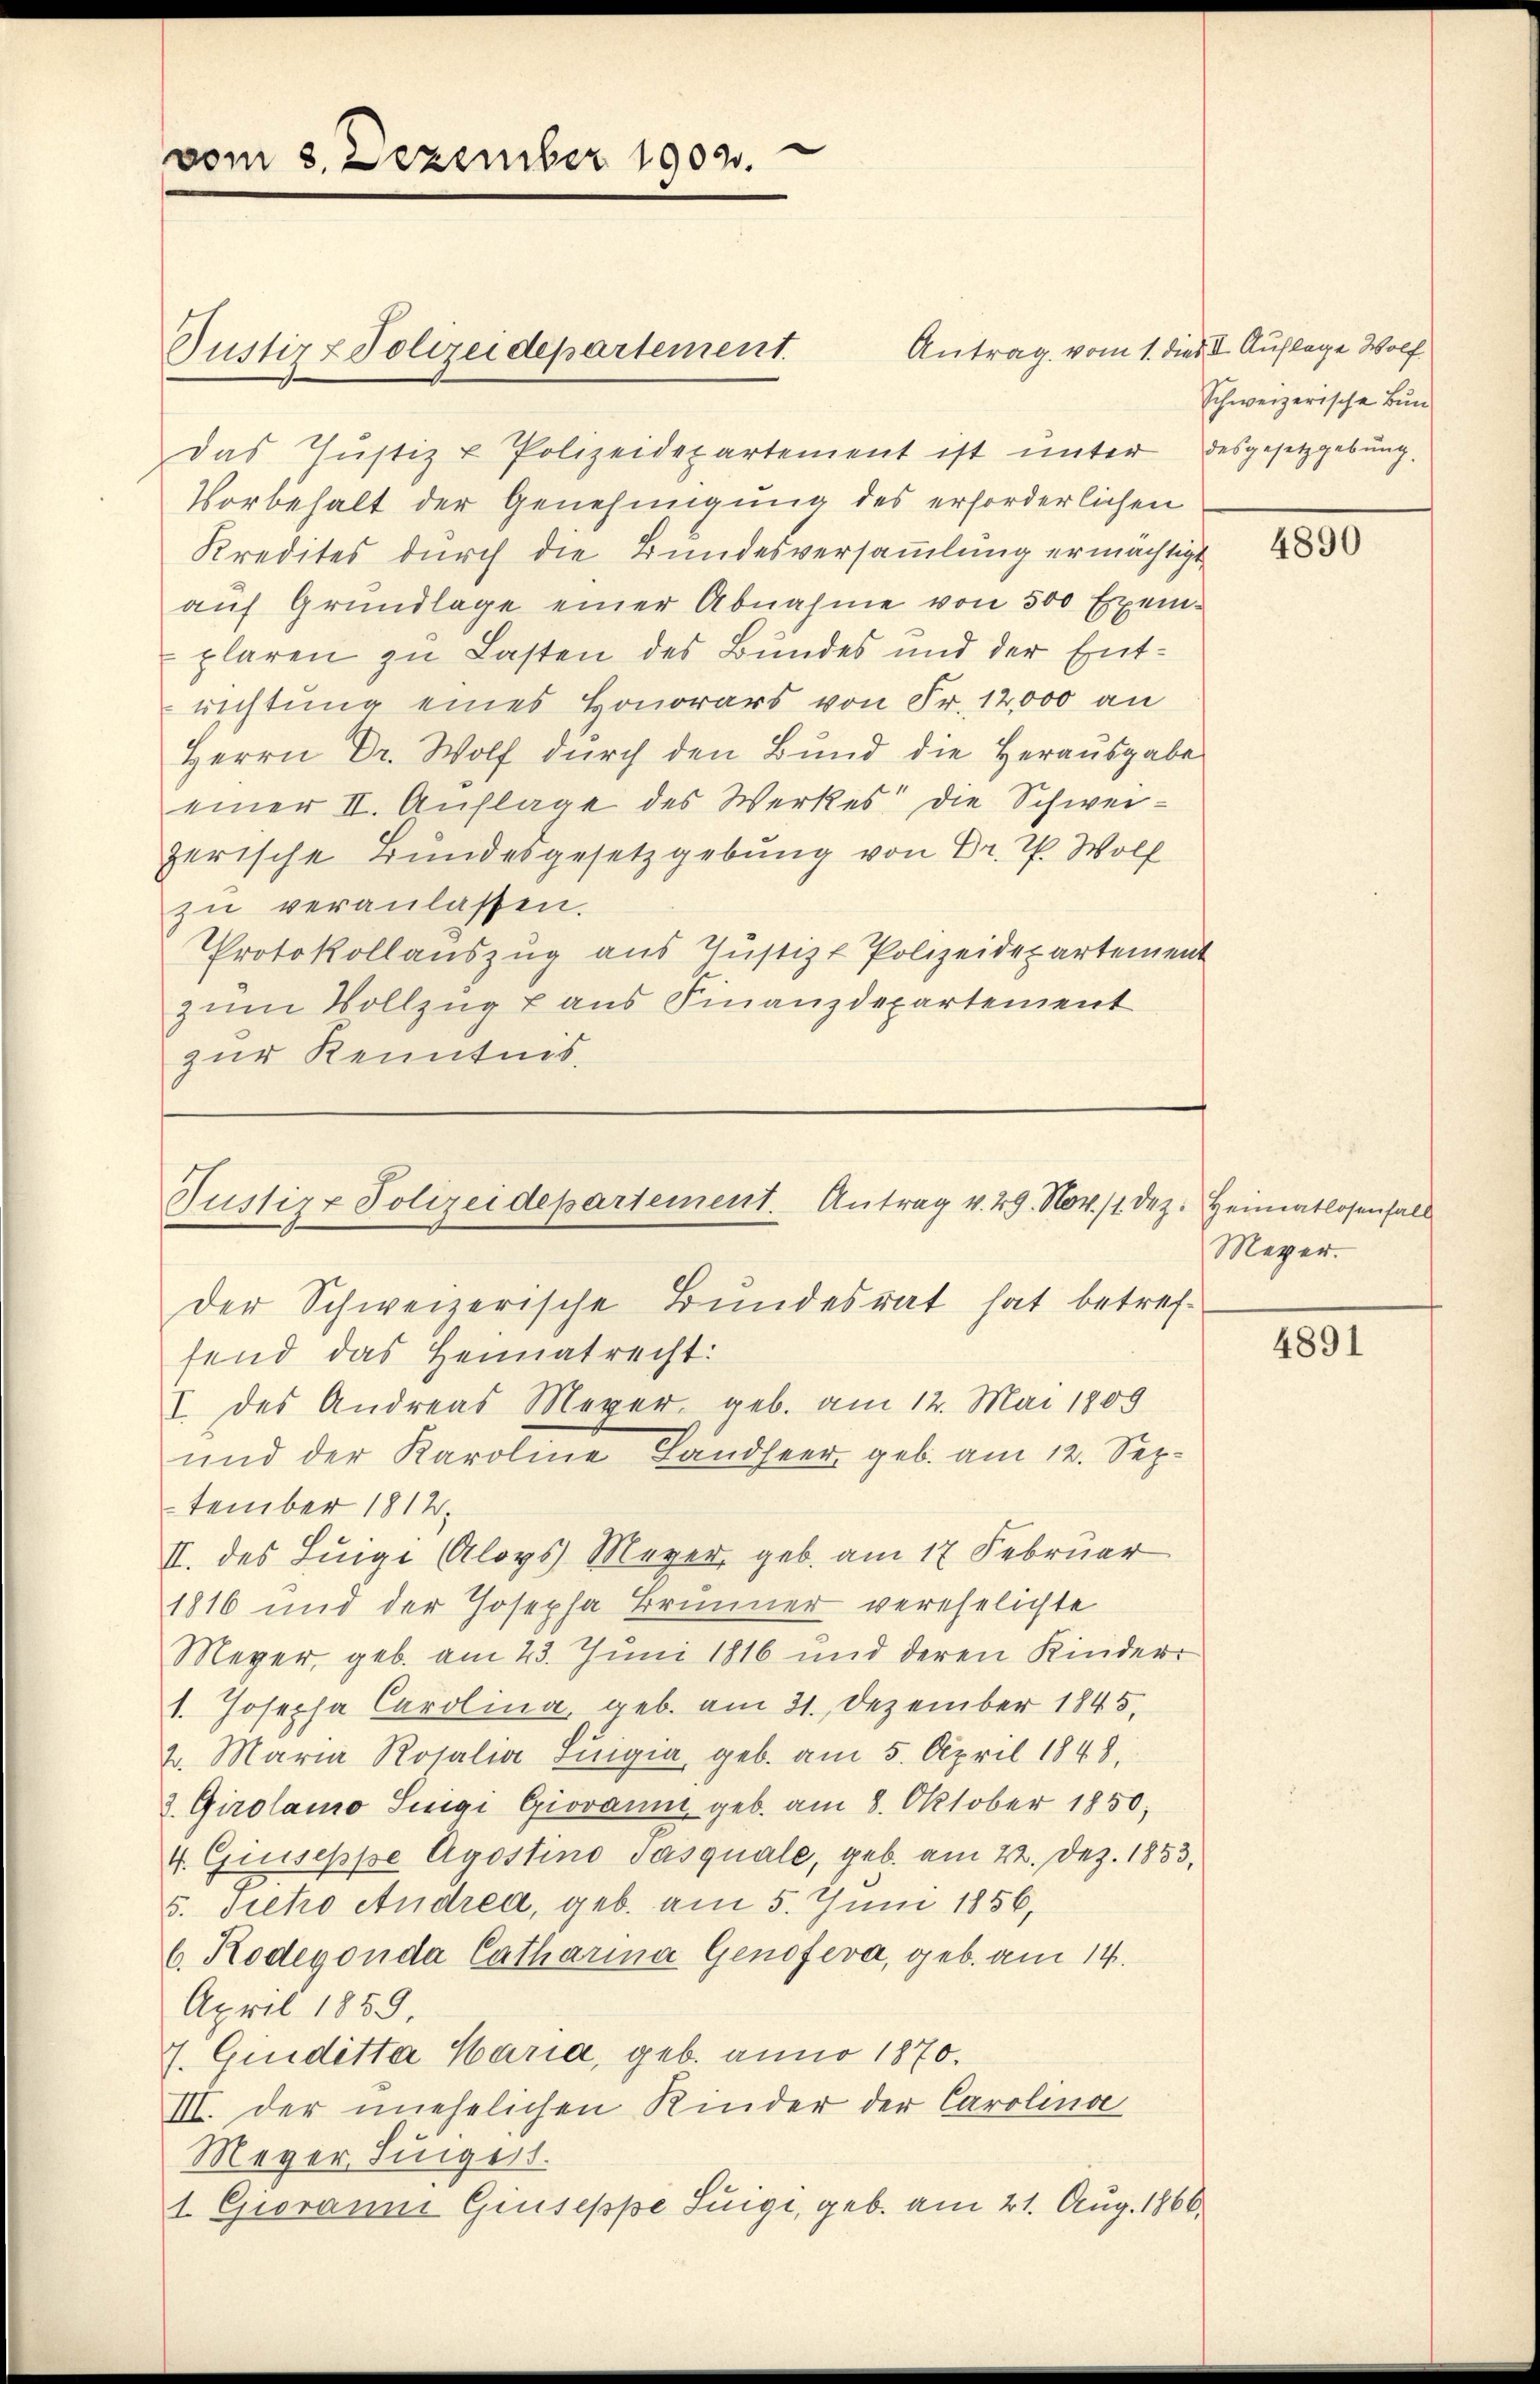
vom 3. Dezember 1903.

Das Justiz & Polizeidepartement ist unter desgesetzgebung.
Vorbehalt der Genehmigung des erforderlichen
Kredites durch die Bundesversammlung ermächtigt
aŭf Grundlage einer Abnahme von 500 Exem-
plaren zu Lasten des Bundes und der Entrichtung eines Honorars von Fr. 12,000 an
Herrn Dr. Wo dŭrch den Bund die Herausgabe
einer II. Auflage des Werkes die Schweizerische Bundesgesetzgebung von Dr. P. Wolf
zŭ veranlassen.
Protokollauszug aus Justiz & Polizeidepartement
zum Vollzug aus Finanzdepartement
zur Kenntnis.

Justiz & Polizeidepartement.

Justiz & Polizeidepartement. Antrag v. 29. Nov. 11. Dez. Heimatlosenfall
der Schweizerische Bundesrat hat betreffend das Heimatrecht:
I. des Andreas Meyer, geb. am 12. Mai 1809
und der Karoline Landseer geb. am 12. Sep¬

Antrag vom 1. dies II. Auflage Wolf
schweizerische Bun¬

tember 1812.
II. des Luige Aloys Meyer, geb. am 17 Februar
1816 und der Josepha Brunner verehelichte
Meyer, geb. am 23. Juni 1816 und deren Kinderr
1. Josepha Carolina, geb. am 21. Dezember 1845,
2. Maria Rosalia Luigia, geb. am 5. April 1848,
3. Girolamo Suigi Giovanne geb. am 8. Oktober 1850;
4. Giuseppe Agostino Jasquale, geb. am 22. Dez. 1853,
5. Siehro Andrea, geb. am 5. Juni 1856,
6. Rodevon da Catharina Genofeva, geb. am 14.
April 1859,
J. Giuditta Maria, geb. anno 1870.
III. der unehelichen Kinder der Carolina
Meyer Singert.
1. Gioranne Giuseppe Luigi, geb. am 21. Aug. 1866.

4890

Meyer.

4891